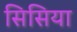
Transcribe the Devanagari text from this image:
सिसिया